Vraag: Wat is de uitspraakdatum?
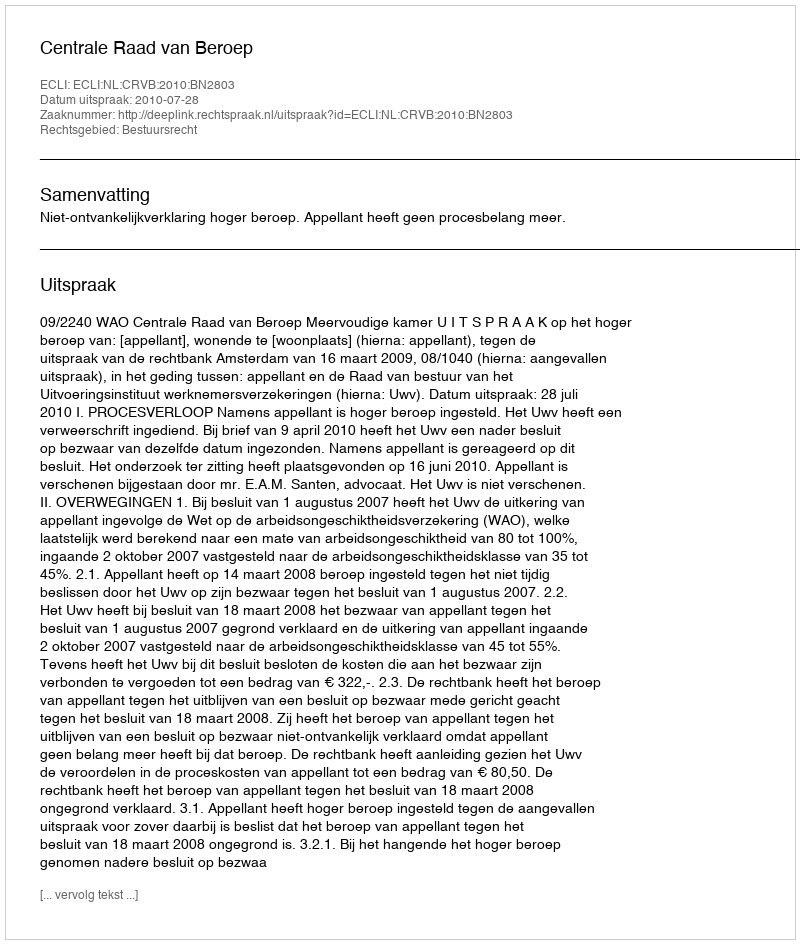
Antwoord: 2010-07-28